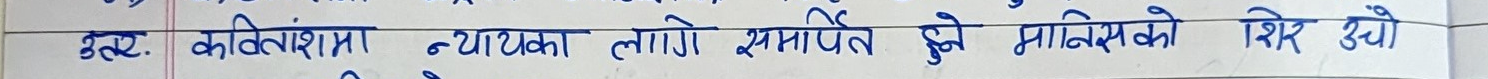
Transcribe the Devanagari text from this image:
उल्टो कलितशमा नयाका लागेो समर्पित हुने मानिसको शिर उचो